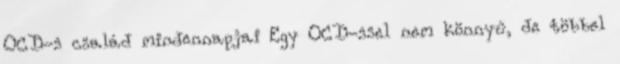
OCD-s család mindennapjai Egy OCD-ssel nem könnyű, de többel